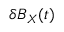
\delta B _ { X } ( t )